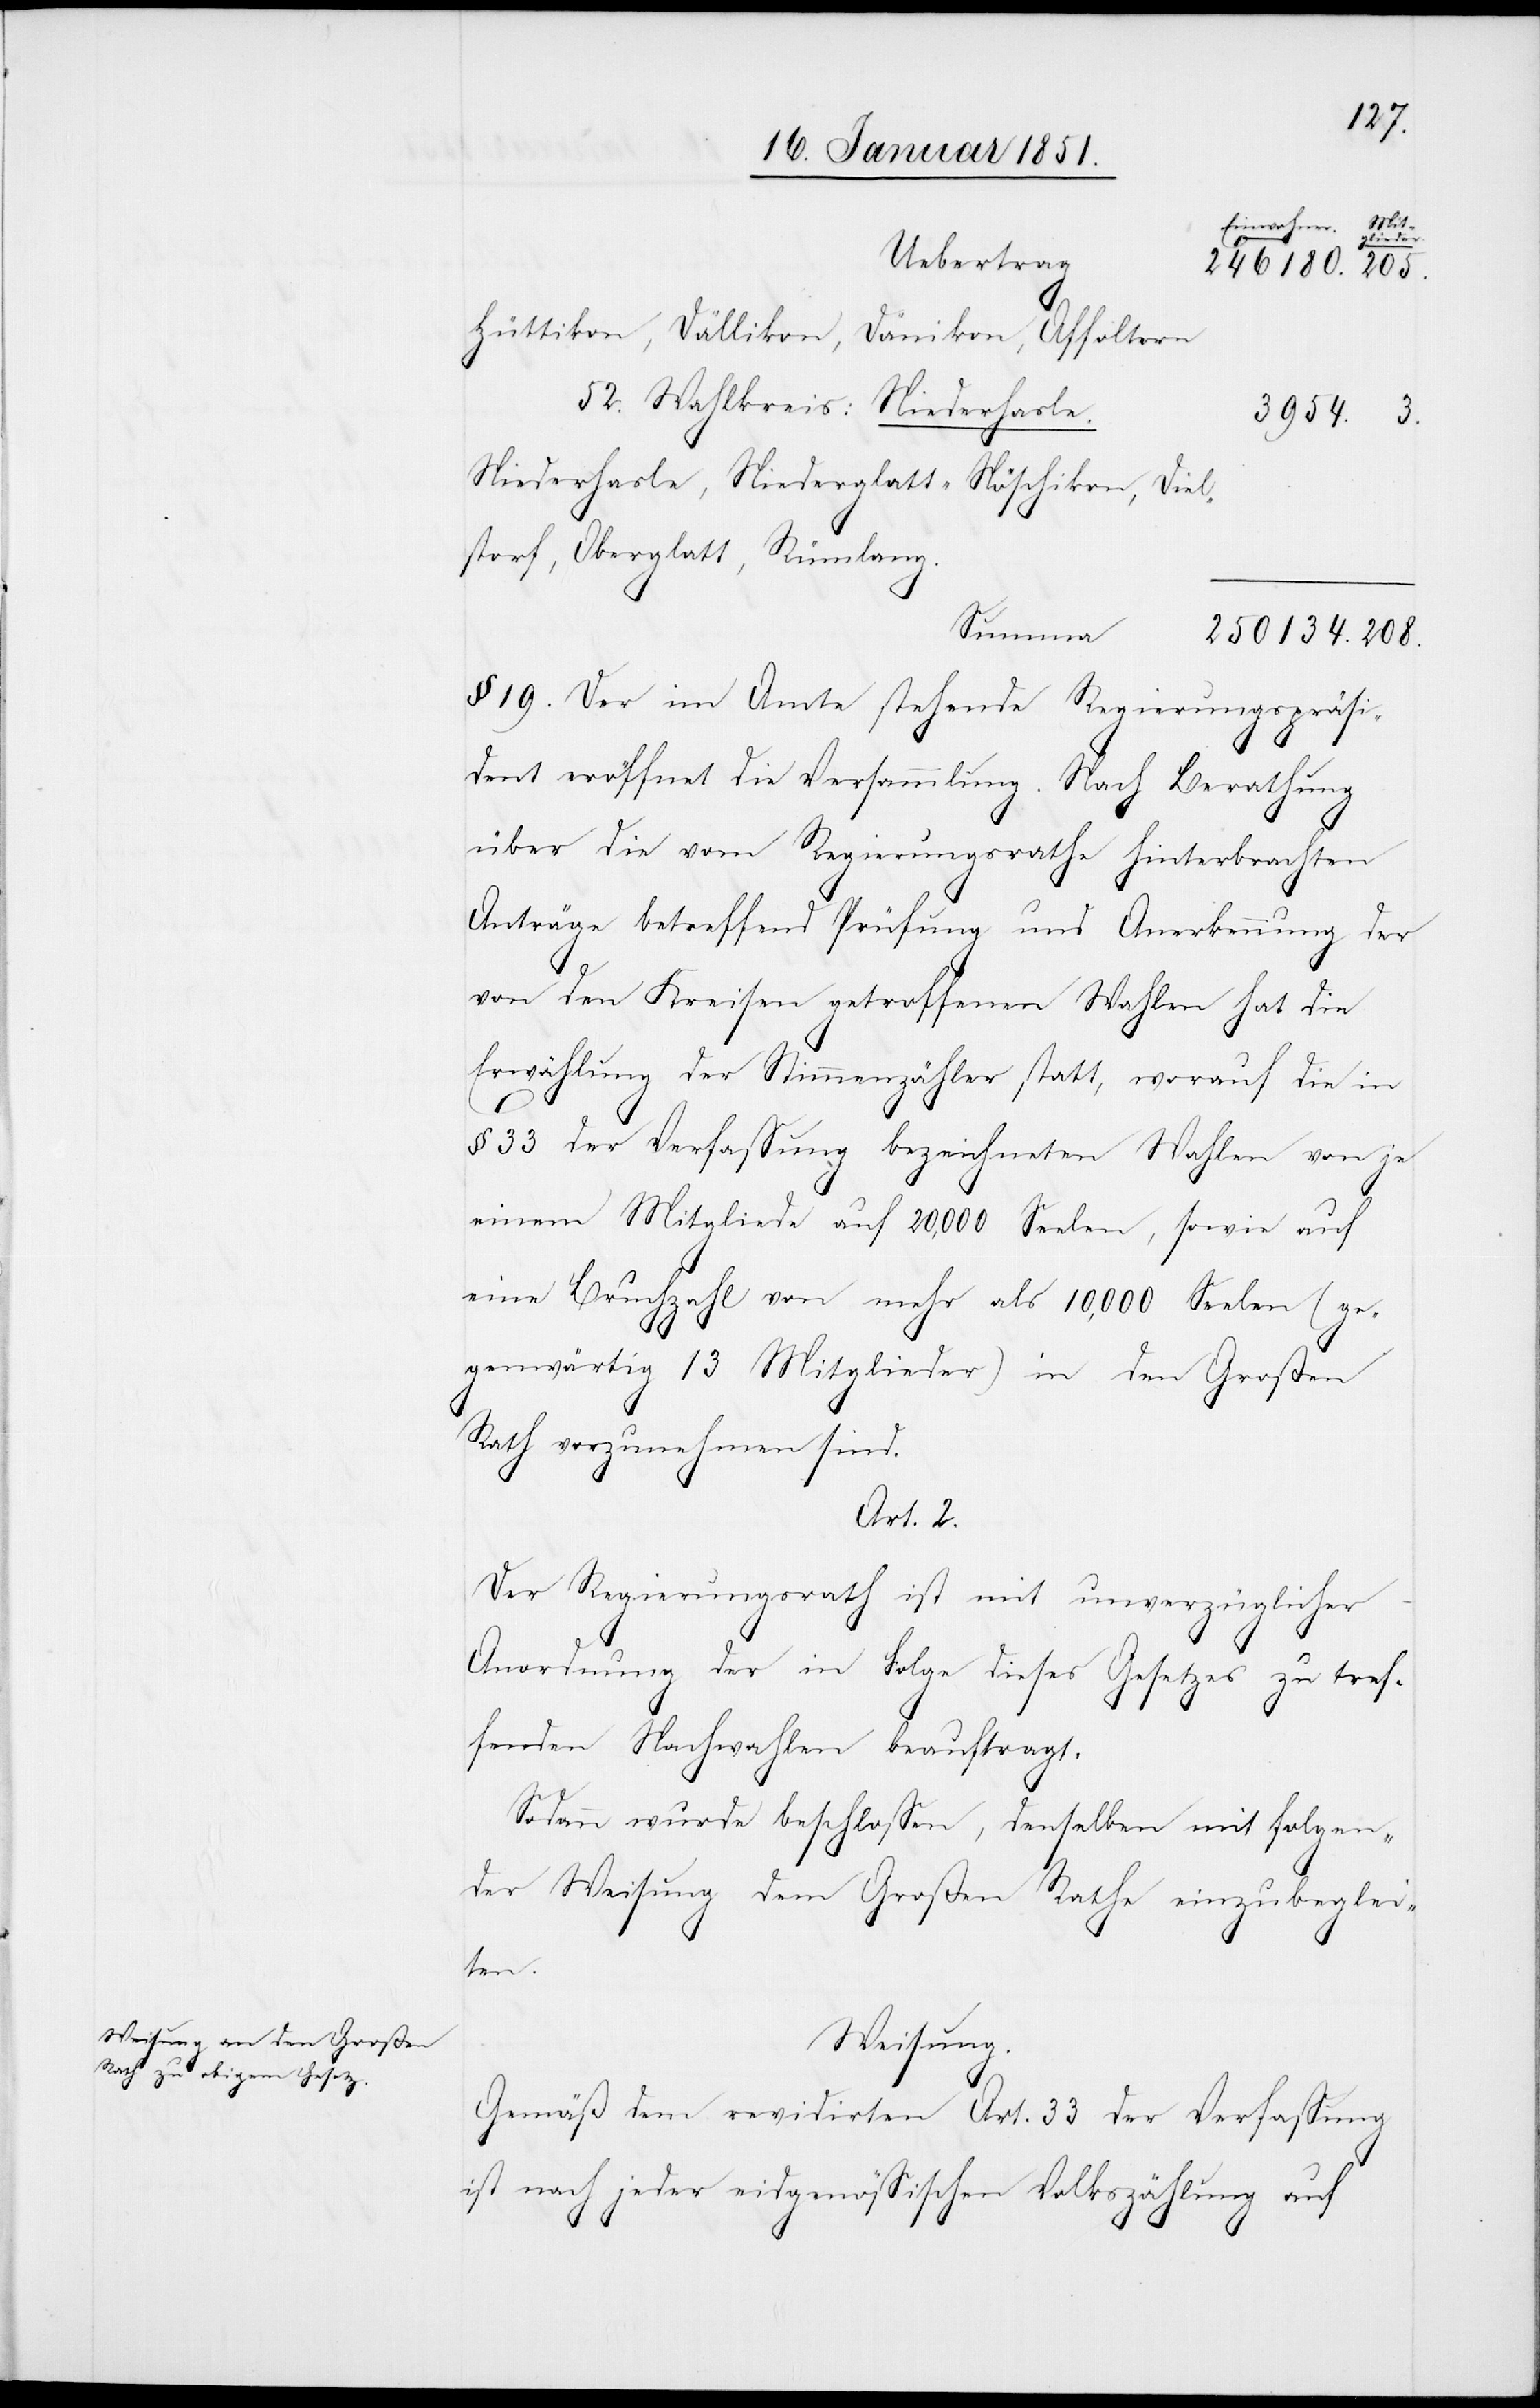
Einwohner.
[Fort¬
Uebertrag
Hüttikon, Dällikon, Dänikon, Affoltern
52. Wahlkreis: Niederhasle.
3954.
Niederhasle, Niederglatt-Nöschikon, Diel¬
storf, Oberglatt, Rümlang.
Summa
§ 19. Der im Amte stehende Regierungspräsi¬
dent eröffnet die Versammlung. Nach Berathung
über die vom Regierungsrathe hinterbrachten
Anträge betreffend Prüfung und Anerkennung der
von den Kreisen getroffenen Wahlen hat die
Erwählung der Stimmenzähler statt, worauf die in
§ 33 der Verfassung bezeichneten Wahlen von je
einem Mitgliede auf 20,000 Seelen, sowie auf
eine Bruchzahl von mehr als 10,000 Seelen (ge¬
genwärtig 13 Mitglieder) in den Großen
Rath vorzunehmen sind.
Art. 2.
Der Regierungsrath ist mit unverzüglicher
Anordnung der in Folge dieses Gesetzes zu tref¬
fenden Nachwahlen beauftragt.
Sodann wurde beschlossen, denselben mit folgen¬
der Weisung dem Großen Rathe einzubeglei¬
ten.
Weisung.
Gemäß dem revidirten Art. 33 der Verfassung
ist nach jeder eidgenössischen Volkszählung auf